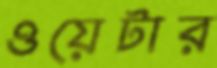
ওয়েটার